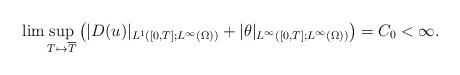
\begin{align*}\lim \sup_{T\mapsto \overline{T}} \big(|D( u)|_{L^1([0,T]; L^\infty(\Omega))}+|\theta|_{L^\infty([0,T];L^\infty(\Omega))}\big)=C_0<\infty.\end{align*}